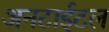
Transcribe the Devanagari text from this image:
अनटाईटल